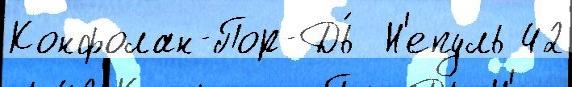
Конфолан-Пор-Дь́  Н'епуль 42